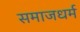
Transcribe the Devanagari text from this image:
समाजधर्म